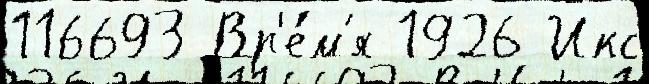
116693 Вр'е́м'я 1926 Икс